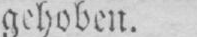
gehoben.